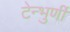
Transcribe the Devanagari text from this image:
टेन्भुर्णी